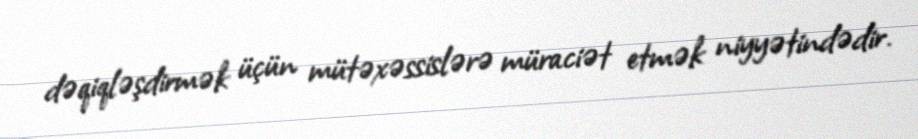
dəqiqləşdirmək üçün mütəxəssislərə müraciət etmək niyyətindədir.